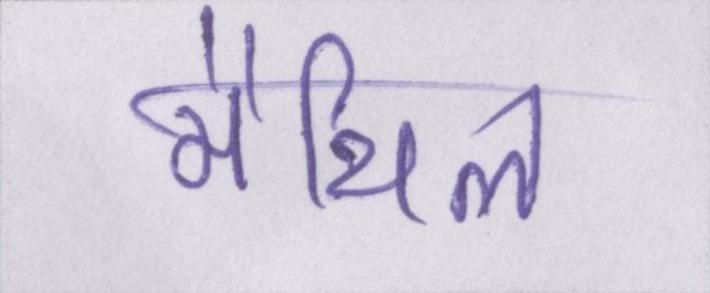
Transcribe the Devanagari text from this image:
मैथिल